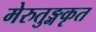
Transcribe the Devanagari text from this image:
मेरुतुङ्गकृत